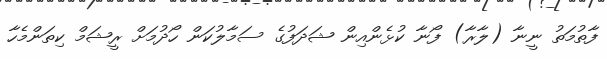
ފާތުމަތު ނީނާ (ލާރާ) ފޯނާ ކުޅެންއިން ޝަދަފުގެ ސަމާލުކަން ހޯދުމަށް ރީޝަމް ކިތަންމެހާ